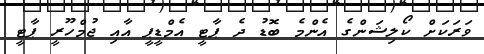
ވަރަކަށް ކޯލިޝަންގެ އެންމެ ބޮޑު ދެ ޕާޓީ އެމްޑީޕީ އާއި ޖުމްހޫރީ ޕާޓީ